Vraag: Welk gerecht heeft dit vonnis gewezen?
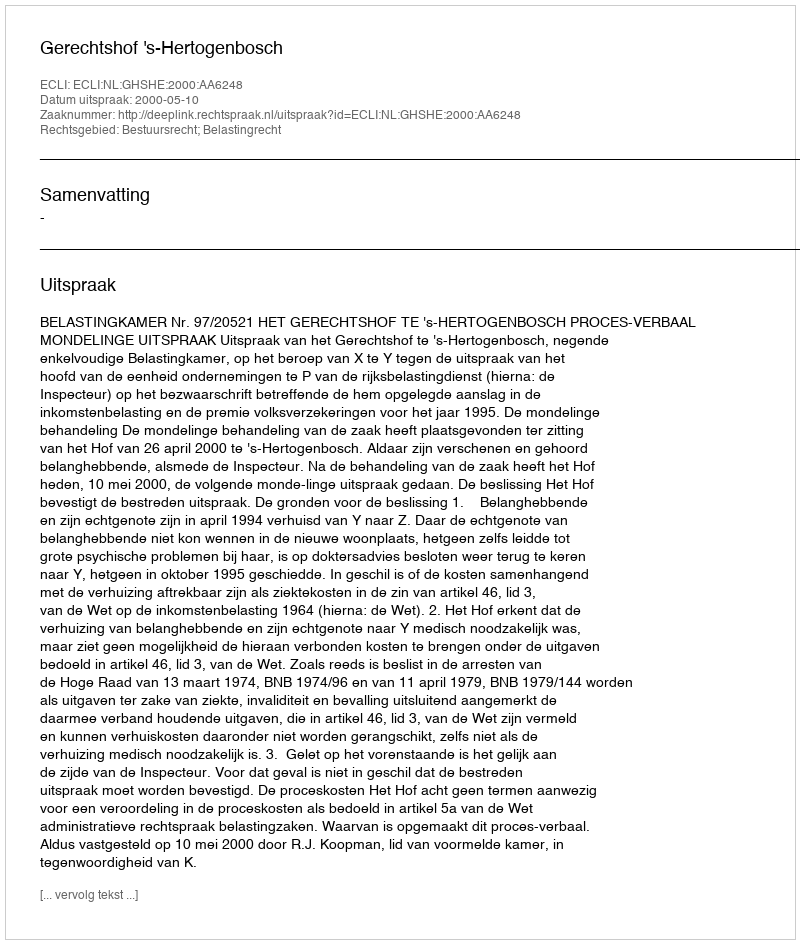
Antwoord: Gerechtshof 's-Hertogenbosch